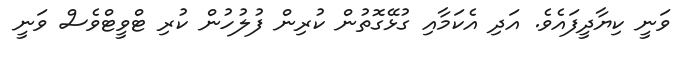
ވަނީ ކިޔާދީފައެވެ. އަދި އެކަމާއި ގުޅޭގޮތުން ކުރިން ފުލުުހުން ކުރި ޓްވީޓްވެސް ވަނީ